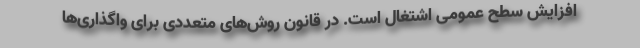
افزایش سطح عمومی اشتغال است. در قانون روش‌های متعددی برای واگذاری‌ها